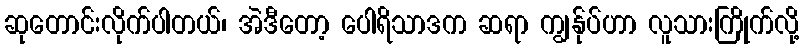
ဆုတောင်းလိုက်ပါတယ်၊ အဲဒီတော့ ပေါရိသာဒက ဆရာ ကျွန်ုပ်ဟာ လူသားကြိုက်လို့